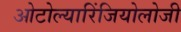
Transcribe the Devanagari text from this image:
ओटोल्यारिंजियोलोजी